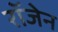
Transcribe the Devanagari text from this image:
रॉजेन